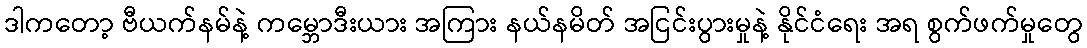
ဒါကတော့ ဗီယက်နမ်နဲ့ ကမ္ဘောဒီးယား အကြား နယ်နမိတ် အငြင်းပွားမှုနဲ့ နိုင်ငံရေး အရ စွက်ဖက်မှုတွေ